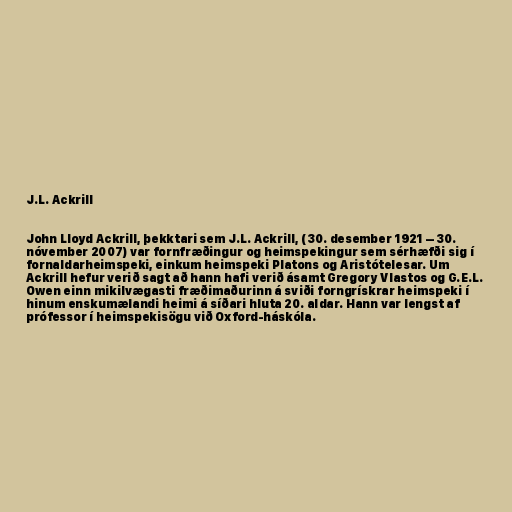
J.L. Ackrill

John Lloyd Ackrill, þekktari sem J.L. Ackrill, (30. desember 1921 – 30.
nóvember 2007) var fornfræðingur og heimspekingur sem sérhæfði sig í
fornaldarheimspeki, einkum heimspeki Platons og Aristótelesar. Um
Ackrill hefur verið sagt að hann hafi verið ásamt Gregory Vlastos og G.E.L.
Owen einn mikilvægasti fræðimaðurinn á sviði forngrískrar heimspeki í
hinum enskumælandi heimi á síðari hluta 20. aldar. Hann var lengst af
prófessor í heimspekisögu við Oxford-háskóla.